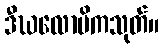
ဒီဃလောမိကသုတ်။